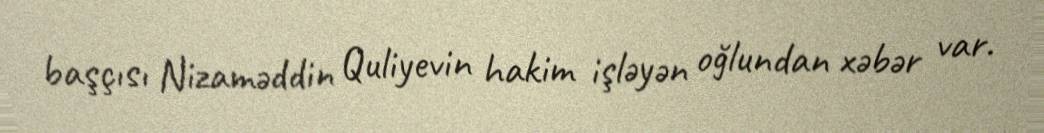
başçısı Nizaməddin Quliyevin hakim işləyən oğlundan xəbər var.